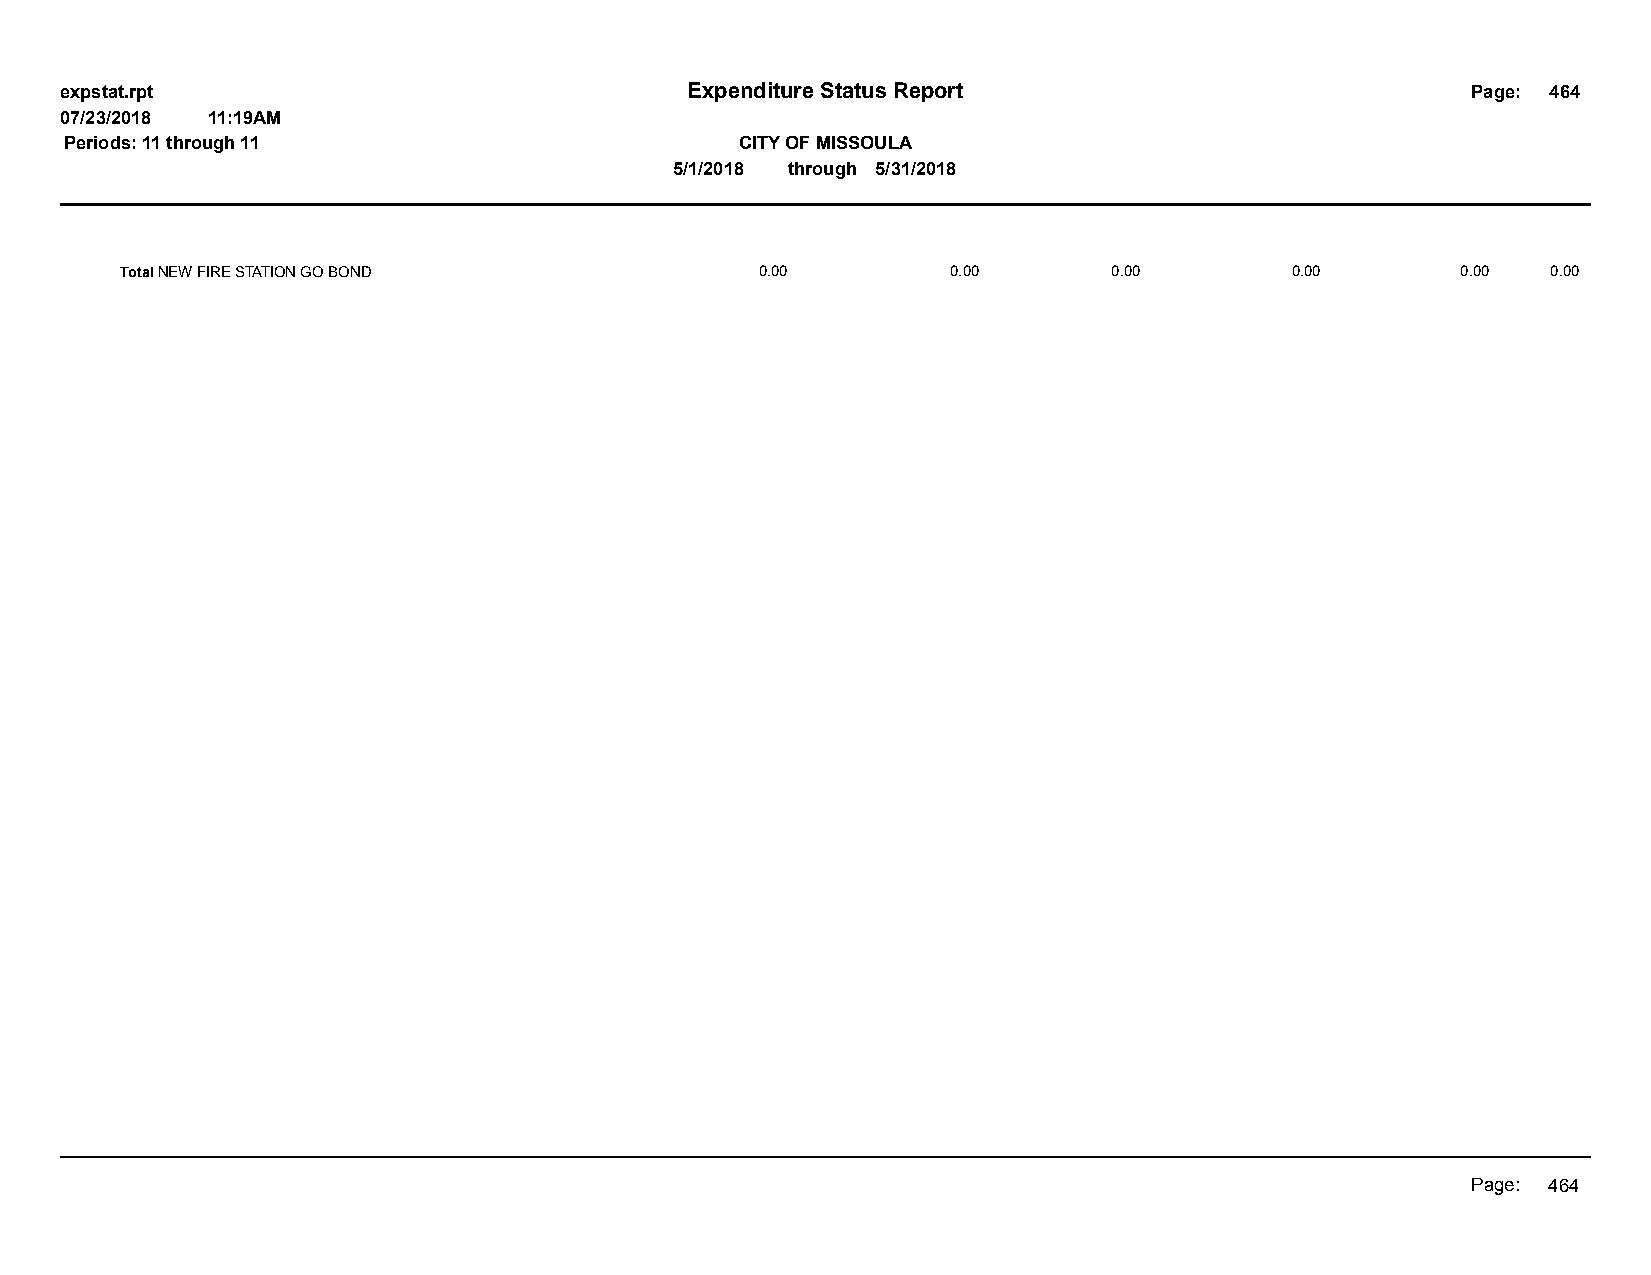
expstat.rpt                              Expenditure Status Report                           Page: 464
 07/23/2018 11:19AM
 Periods: 11 through 11                       CITY OF MISSOULA
 5/1/2018 through 5/31/2018
 Total NEW FIRE STATION GO BOND            0.00         0.00       0.00       0.00        0.00  0.00
 Page: 464